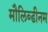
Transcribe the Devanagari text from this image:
मौलिब्डीनम